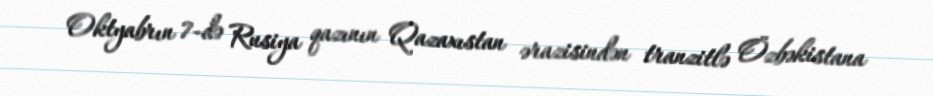
Oktyabrın 7-də Rusiya qazının Qazaxıstan ərazisindən tranzitlə Özbəkistana